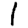
Digit: 1